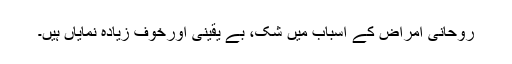
روحانی امراض کے اسباب میں شک، بے یقینی اورخوف زیادہ نمایاں ہیں۔